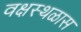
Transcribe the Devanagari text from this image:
वक्षस्थळास